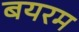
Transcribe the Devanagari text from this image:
बयरम